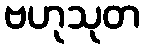
ဗဟုသုတ